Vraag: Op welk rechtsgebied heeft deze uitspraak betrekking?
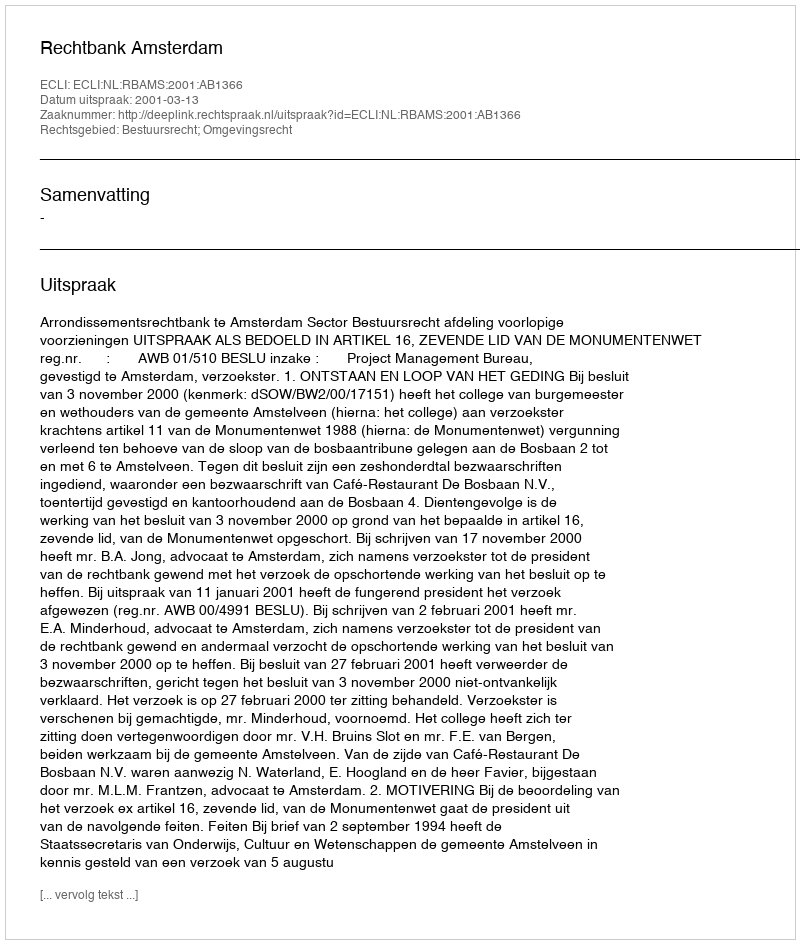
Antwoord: Bestuursrecht; Omgevingsrecht